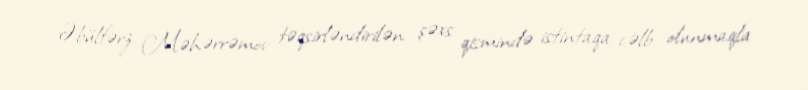
Əbülfərz Məhərrəmov təqsirləndirilən şəxs qismində istintaqa cəlb olunmaqla